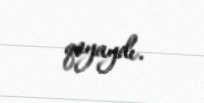
qoyaydı.